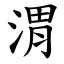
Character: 渭